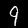
Digit: 9